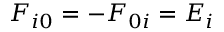
F _ { i 0 } = - F _ { 0 i } = E _ { i }